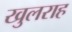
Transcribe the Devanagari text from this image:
खुलराह